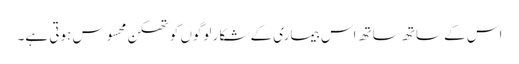
اس کے ساتھ ساتھ اس بیماری کے شکار لوگوں کو تھکن محسوس ہوتی ہے۔